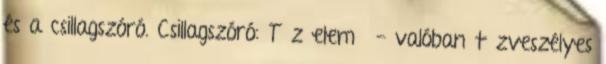
és a csillagszóró. Csillagszóró: Tűz elemű - valóban tűzveszélyes